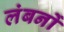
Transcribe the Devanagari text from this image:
लंबनों